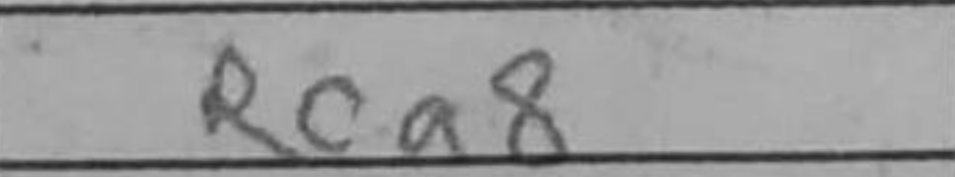
Transcription: Rca8